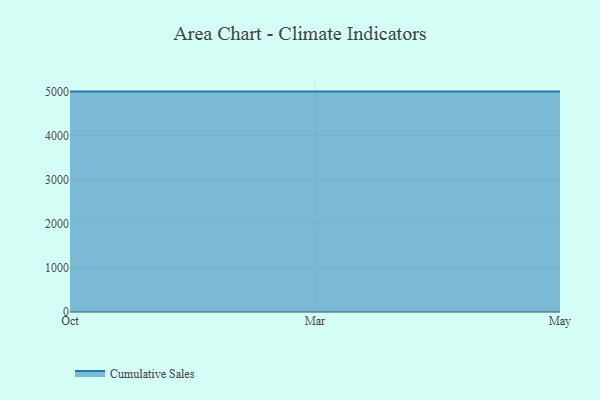
{"axis": {"x": "Month", "y": "Shipments"}, "legend": ["Cumulative Sales"], "data": [{"x": "Oct", "y": 5000, "type": "Cumulative Sales"}, {"x": "Mar", "y": 5000, "type": "Cumulative Sales"}, {"x": "May", "y": 5000, "type": "Cumulative Sales"}]}